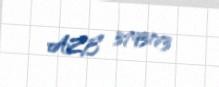
AZE 3793173